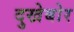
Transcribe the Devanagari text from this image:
दुखेबोर